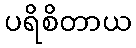
ပရိစိတာယ